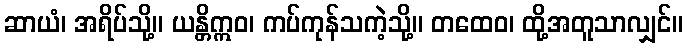
ဆာယံ၊ အရိပ်သို့။ ယန္တိဣဝ၊ ကပ်ကုန်သကဲ့သို့။ တထေဝ၊ ထို့အတူသာလျှင်။